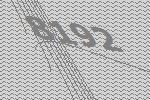
8192